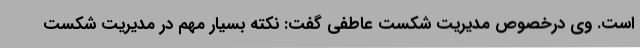
است. وی درخصوص مدیریت شکست عاطفی گفت: نکته بسیار مهم در مدیریت شکست